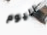
اليوم